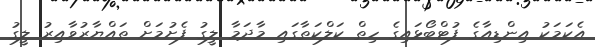
އެކަމަކު އިންޑިއާގެ ފުޓްބޯޅައިގެ ހިތް ކަލްކަތާގައި މާދަމާ ލީގު ފެށުމަށް ތައްޔާރުވާއިރު ލީގު